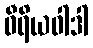
ဝီရိယဝါဒါ